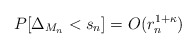
\begin{align*} P[\Delta_{M_n}<s_n]=O(r_n^{1+\kappa}) \end{align*}